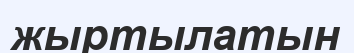
жыртылатын